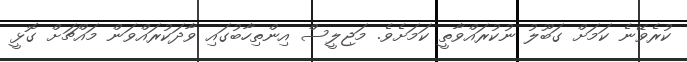
ކުރެވޭނެ ކަމަށް ގަބޫލު ނުކުރައްވާތީ ކަމަށެވެ. މަޖިލީސް އިންތިހާބުގައި ވާދަކުރައްވަން މައްޗަށް ގޮޅީ